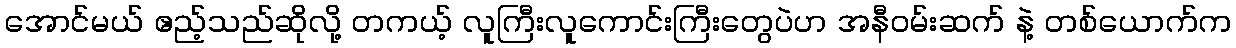
အောင်မယ် ဧည့်သည်ဆိုလို့ တကယ့် လူကြီးလူကောင်းကြီးတွေပဲဟ အနီဝမ်းဆက် နဲ့ တစ်ယောက်က